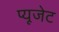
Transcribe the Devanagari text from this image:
प्यूजेट